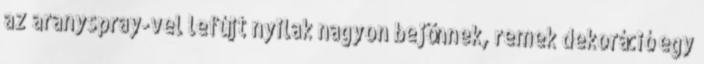
az aranyspray-vel lefújt nyilak nagyon bejönnek, remek dekoráció egy